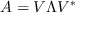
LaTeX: A = V \Lambda V ^ { * }